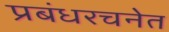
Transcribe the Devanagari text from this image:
प्रबंधरचनेत